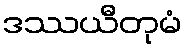
ဒဿယီတုမံ